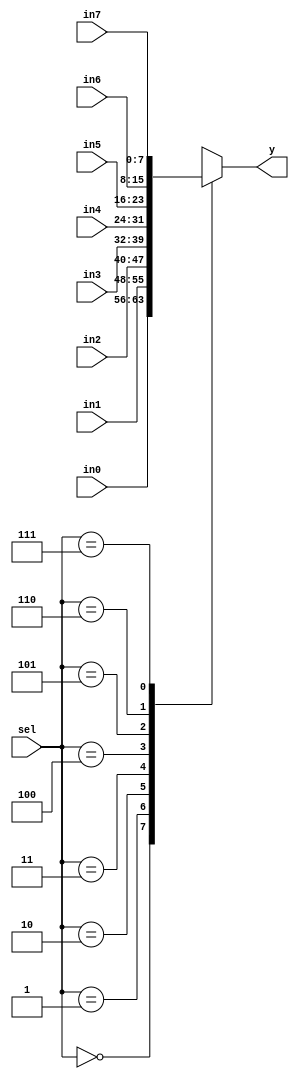
module L4_mux8(sel, in0, in1, in2, in3, in4, in5, in6, in7, y);
    parameter NBITS=8;
    input  [2:0] sel;
    input  [NBITS-1:0] in0, in1, in2, in3, in4, in5, in6, in7;
    output [NBITS-1:0] y;

    reg    [NBITS-1:0] y;

    always @(sel or in0 or in1 or in2 or in3 or in4 or in5 or in6 or in7)
        case (sel)
          3'd0 : y = in0;
          3'd1 : y = in1;
          3'd2 : y = in2;
          3'd3 : y = in3;
          3'd4 : y = in4;
          3'd5 : y = in5;
          3'd6 : y = in6;
          3'd7 : y = in7;
          default : y = { NBITS{1'b0} };
        endcase
endmodule